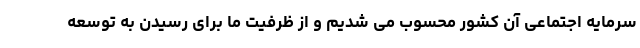
سرمایه اجتماعی آن کشور محسوب می شدیم و از ظرفیت ما برای رسیدن به توسعه